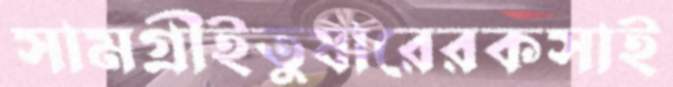
সামগ্রীইতুষারেরকসাই